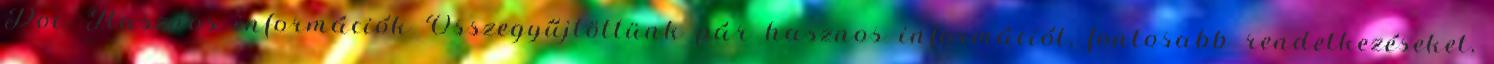
Doc. Hasznos információk Összegyűjtöttünk pár hasznos információt, fontosabb rendelkezéseket,